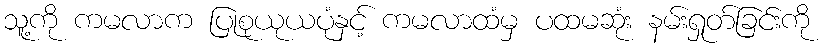
သူ့ကို ကမလာက ပြုစုယုယပုံနှင့် ကမလာထံမှ ပထမဆုံး နမ်းရှုတ်ခြင်းကို